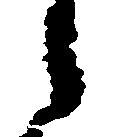
候